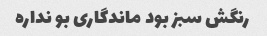
رنگش سبز بود ماندگاری بو نداره